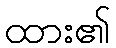
ထား၏